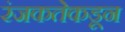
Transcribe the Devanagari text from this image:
रंजकतेकडून